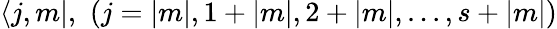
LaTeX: \langle j,m|,\, \, (j=|m|,1+|m|,2+|m|,...,s+|m|)